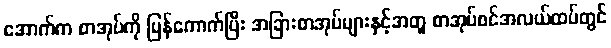
အောက်က စာအုပ်ကို ပြန်ကောက်ပြီး အခြားစာအုပ်များနှင့်အတူ စာအုပ်စင်အလယ်ထပ်တွင်